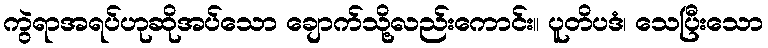
ကွဲရာအရပ်ဟုဆိုအပ်သော ချောက်သို့လည်းကောင်း။ ပူတိပဒံ၊ သေပြီးသော